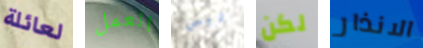
لعائلة العمل ليس لكن الانذار